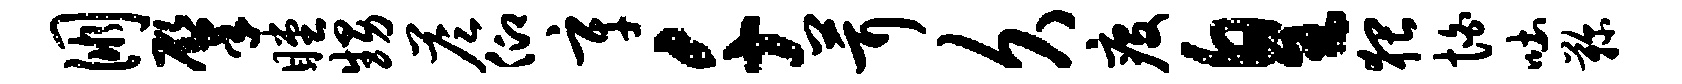
朋肇瞠甥答仰辛千茸久疫皇猥怕吐鞠